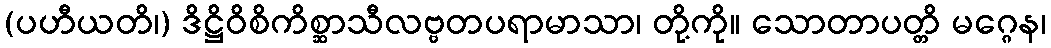
(ပဟီယတိ၊) ဒိဋ္ဌိဝိစိကိစ္ဆာသီလဗ္ဗတပရာမာသာ၊ တို့ကို။ သောတာပတ္တိ မဂ္ဂေန၊